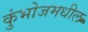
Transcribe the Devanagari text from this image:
कुंभोजमधील